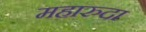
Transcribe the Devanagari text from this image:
महारुदा